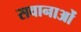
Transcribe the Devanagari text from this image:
सवानाओं